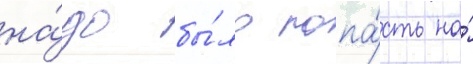
на́до бы́ло попа́сть на́